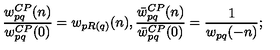
\frac { w _ { p q } ^ { C P } ( n ) } { w _ { p q } ^ { C P } ( 0 ) } = w _ { p R ( q ) } ( n ) , \frac { \bar { w } _ { p q } ^ { C P } ( n ) } { \bar { w } _ { p q } ^ { C P } ( 0 ) } = \frac { 1 } { w _ { p q } ( - n ) } ;